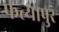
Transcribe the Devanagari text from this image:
फत्यापुर